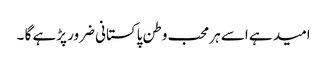
امید ہے اسے ہر محب وطن پاکستانی ضرور پڑہے گا ۔